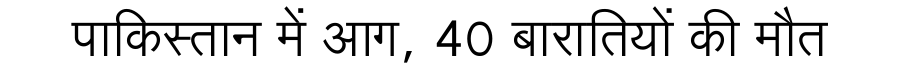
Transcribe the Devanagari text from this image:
पाकिस्तान में आग, 40 बारातियों की मौत